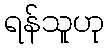
ရန်သူဟု